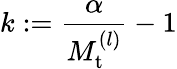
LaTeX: k:=\frac{\alpha}{M_{\mathrm{t}}^{(l)}}-1